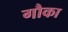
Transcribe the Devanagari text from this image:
गौका